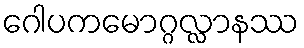
ဂေါပကမောဂ္ဂလ္လာနဿ